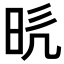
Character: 𭥥